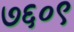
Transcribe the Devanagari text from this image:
७६०९